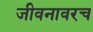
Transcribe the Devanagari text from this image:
जीवनावरच